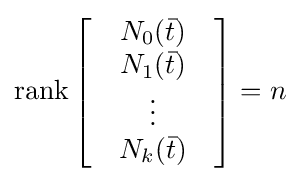
\operatorname {rank} {\begin{bmatrix}&N_{0}({\bar {t}})&\\&N_{1}({\bar {t}})&\\&\vdots &\\&N_{k}({\bar {t}})&\end{bmatrix}}=n